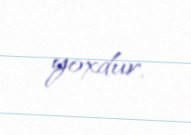
yoxdur.